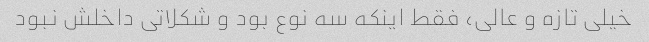
خیلی تازه و عالی، فقط اینکه سه نوع بود و شکلاتی داخلش نبود